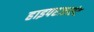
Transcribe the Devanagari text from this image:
हाइपरजाएंट